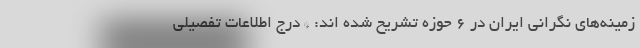
زمینه‌های نگرانی ایران در ۶ حوزه تشریح شده اند: * درج اطلاعات تفصیلی